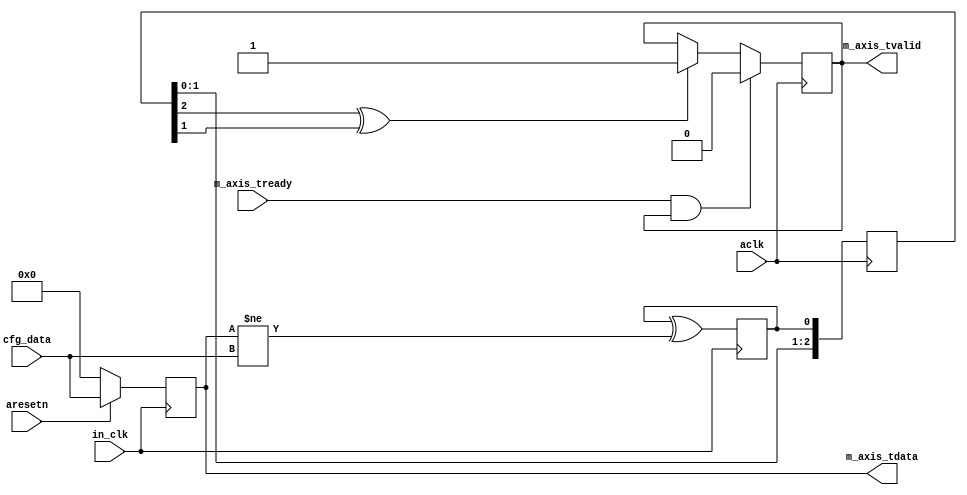
module axis_cdc_variable #
(
  parameter integer AXIS_TDATA_WIDTH = 32
)
(
  input  wire                        in_clk,
  input  wire                        aclk,
  input  wire                        aresetn,
  input  wire [AXIS_TDATA_WIDTH-1:0] cfg_data,
  input  wire                        m_axis_tready,
  output wire [AXIS_TDATA_WIDTH-1:0] m_axis_tdata,
  output wire                        m_axis_tvalid
);
  reg [AXIS_TDATA_WIDTH-1:0] int_tdata_reg;
  reg int_tvalid_reg, int_tvalid_next;
  reg s_toggle;
  reg [2:0] m_sync;
  wire compare;  
  always @(posedge in_clk)
    s_toggle <= s_toggle ^ compare ; 
  always @(posedge aclk)
    m_sync <= {m_sync[1:0],s_toggle};  
  always @(posedge in_clk)
  begin
    if(~aresetn)
       int_tdata_reg <= {(AXIS_TDATA_WIDTH){1'b0}};
    else
       int_tdata_reg <= cfg_data;
  end
  always @(posedge aclk)
      int_tvalid_reg <= int_tvalid_next;
  always @*
  begin
    int_tvalid_next = int_tvalid_reg;
    if(m_sync[2] ^ m_sync[1] )
    begin
      int_tvalid_next = 1'b1;
    end
    if(m_axis_tready & int_tvalid_reg)
    begin
      int_tvalid_next = 1'b0;
    end
  end
  assign compare = int_tdata_reg != cfg_data;
  assign m_axis_tdata = int_tdata_reg;
  assign m_axis_tvalid = int_tvalid_reg;
endmodule